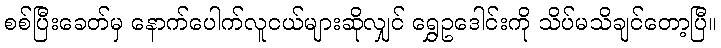
စစ်ပြီးခေတ်မှ နောက်ပေါက်လူငယ်များဆိုလျှင် ရွှေဥဒေါင်းကို သိပ်မသိချင်တော့ပြီ။